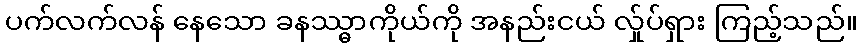
ပက်လက်လန် နေသော ခနဿ္ဓာကိုယ်ကို အနည်းငယ် လ်ှုပ်ရှား ကြည့်သည်။